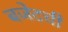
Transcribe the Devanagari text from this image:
बजेटची